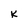
Character: K